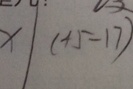
X \vert ( - 1 5 - 1 7 )